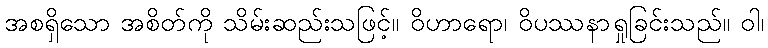
အစရှိသော အစိတ်ကို သိမ်းဆည်းသဖြင့်။ ဝိဟာရော၊ ဝိပဿနာရှုခြင်းသည်။ ဝါ၊